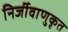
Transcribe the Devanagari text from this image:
निर्जीवाणुकृत